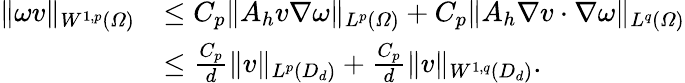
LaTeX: \begin{array}{rl}{\| \omega v\| _{W^{1,p}(\varOmega)}}&{\leq C_{p}\| A_{h}v\nabla\omega\| _{L^{p}(\varOmega)}+C_{p}\| A_{h}\nabla v\cdot\nabla\omega\| _{L^{q}(\varOmega)}}\\ &{\leq\frac{C_{p}}{d}\| v\| _{L^{p}(D_{d})}+\frac{C_{p}}{d}\| v\| _{W^{1,q}(D_{d})}.}\end{array}